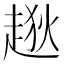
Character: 𧼃